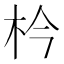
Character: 枔